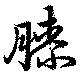
膝